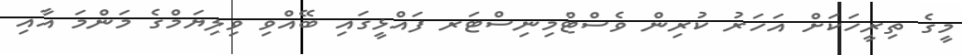
މީގެ ތިރީހަކަށް އަހަރު ކުރިން ވެސްޓްމިނިސްޓަރ ފައްޅީގައި ބޭއްވި ވިލިޔަމްގެ މަންމަ އާއި